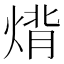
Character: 𤊷